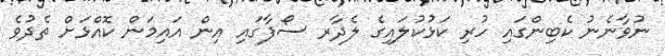
ނުވާނެނު ކެބިންގައި ހުރި ކަޅުކުލައިގެ ލެދާރ ސޯފާގައި އިން އައިމަން ކޮއްޅަށް ތެދުވެ